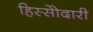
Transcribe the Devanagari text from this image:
हिस्सेोदारी